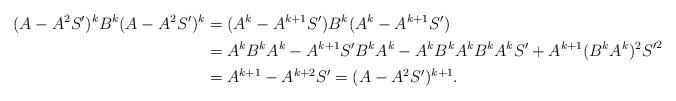
LaTeX: \begin{align*}(A-A^2 S')^k B^k (A-A^2 S')^k&=(A^k-A^{k+1} S') B^k (A^k-A^{k+1} S')\\&=A^k B^k A^k-A^{k+1} S' B^k A^k-A^k B^k A^k B^k A^k S'+A^{k+1} (B^k A^k)^2 {S'}^2\\&=A^{k+1}-A^{k+2}S'=(A-A^2 S')^{k+1}.\end{align*}